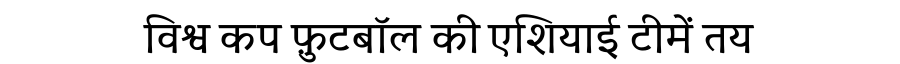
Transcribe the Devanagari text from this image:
विश्व कप फ़ुटबॉल की एशियाई टीमें तय